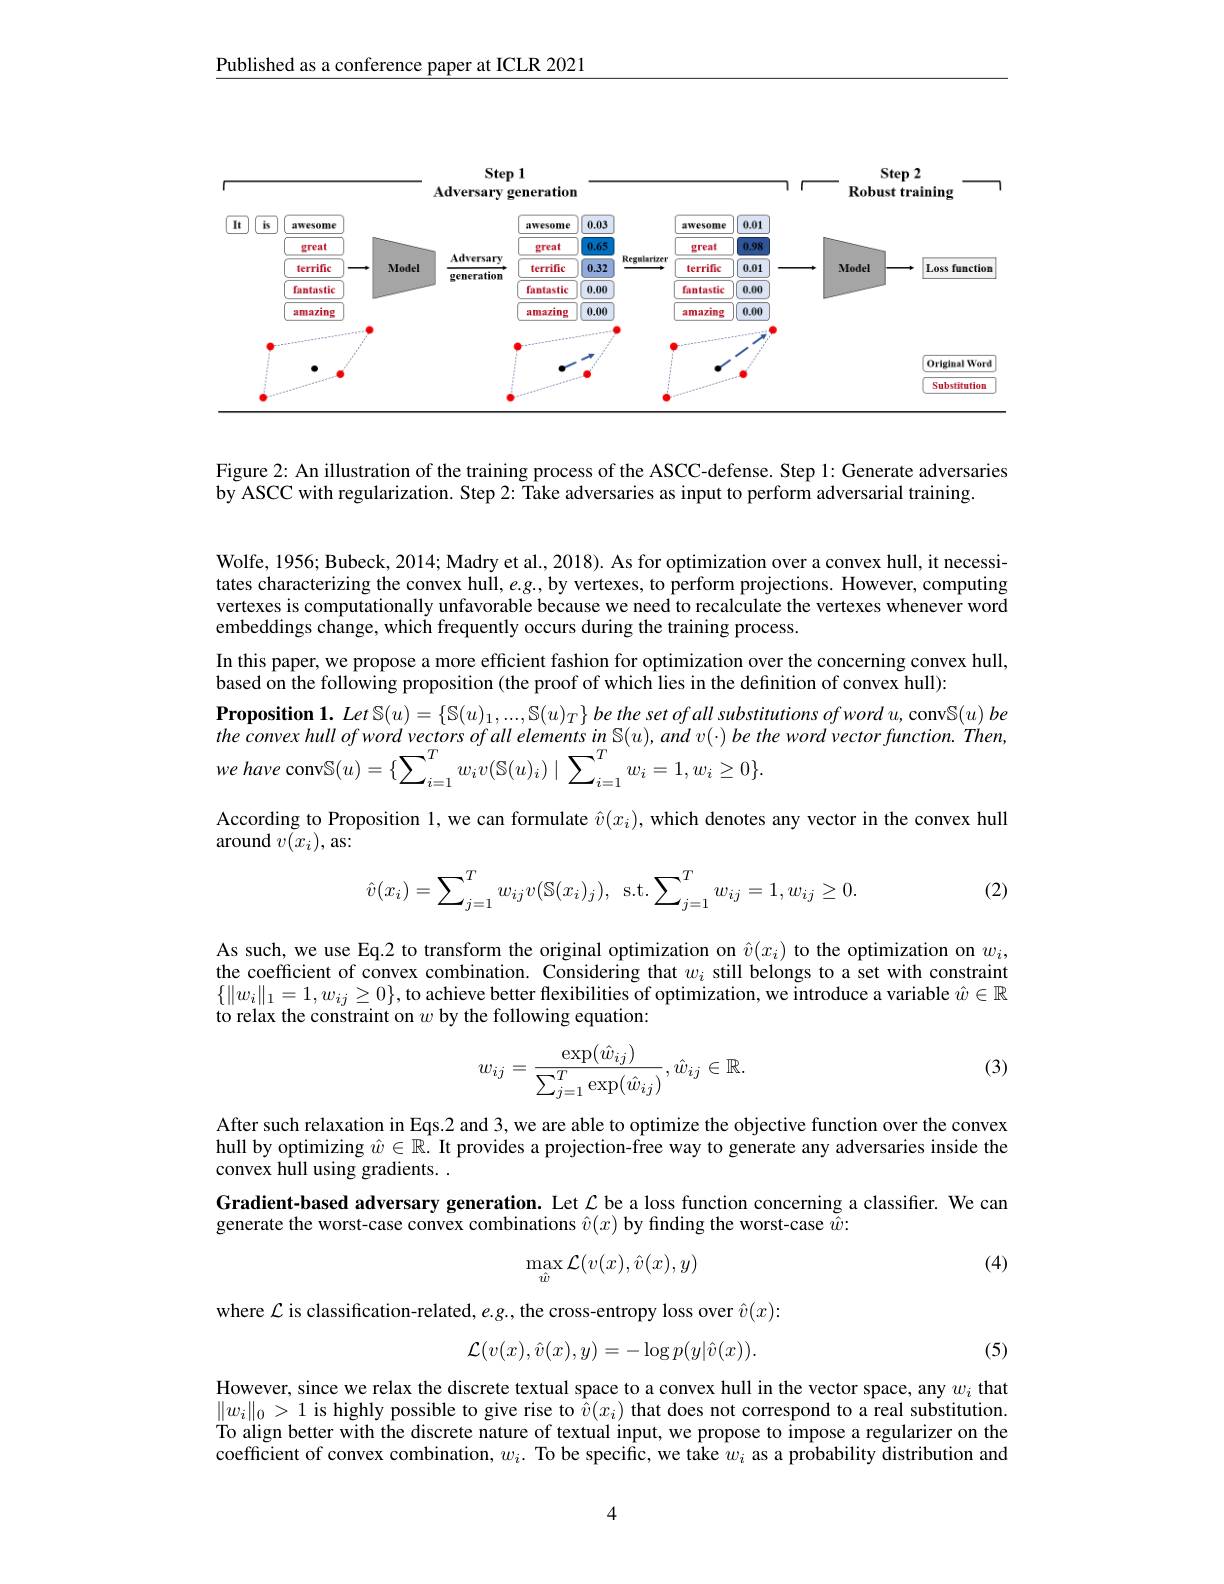
Published as a conference paper at ICLR 2021

<FigureHere>

Figure 2: An illustration of the training process of the ASCC-defense. Step 1: Generate adversaries
by ASCC with regularization. Step 2: Take adversaries as input to perform adversarial training.

Wolfe, 1956; Bubeck, 2014; Madry et al., 2018). As for optimization over a convex hull, it necessitates characterizing the convex hull, $e.g.$, by vertexes, to perform projections. However, computing vertexes is computationally unfavorable because we need to recalculate the vertexes whenever word embeddings change, which frequently occurs during the training process.
In this paper, we propose a more efficient fashion for optimization over the concerning convex hull,
based on the following proposition (the proof of which lies in the definition of convex hull):
$\textbf{Proposition 1. }Let\mathbb{S} ( u) = \left \{ \mathbb{S} ( u) _1, . . . , \mathbb{S} ( u) _T\right \} \textit{be the set of all substitutions of word u, conv}\mathbb{S} ( u) \textit{ be}$ the convex hull $of$ word vectors $of$ all elements $in$ $\mathbb{S} ( u) , and$ $v( \cdot )$ $be$ the word vector $function.$ $Then$,
$$\mathrm{conv}\mathbb{S}(u)=\{\sum_{i=1}^{T}w_{i}v(\mathbb{S}(u)_{i})\mid\sum_{i=1}^{T}w_{i}=1,w_{i}\geq0\}.$$
According to Proposition l, we can formulate $\hat{v}(x_i)$, which denotes any vector in the convex hull
around $v(x_{i})$, as:
$$\hat{v}(x_i)=\sum_{j=1}^Tw_{ij}v(\mathbb{S}(x_i)_j),\:\mathrm{s.t.}\sum_{j=1}^Tw_{ij}=1,w_{ij}\geq0.$$
(2)

As such, we use Eq.2 to transform the original optimization on $\hat{v}(x_i)$ to the optimization on $w_i$, the coefficient of convex combination. Considering that $w_i$ still belongs to a set with constraint $\{\|w_i\|_1=1,w_{ij}\geq0\}$,to achieve better flexibilities of optimization, we introduce a variable $\hat{w}\in\mathbb{R}$ to relax the constraint on $w$ by the following equation:

(3)
$$w_{ij}=\frac{\exp(\hat w_{ij})}{\sum_{j=1}^T\exp(\hat w_{ij})},\hat w_{ij}\in\mathbb{R}.$$
After such relaxation in Eqs.2 and 3, we are able to optimize the objective function over the convex hull by optimizing $\hat{w}\in\mathbb{R}.$ It provides a projection-free way to generate any adversaries inside the convex hull using gradients. .
Gradient-based adversary generation. Let $\mathcal{L}$ be a loss function concerning a classifier. We can
generate the worst-case convex combinations $\hat{v}(x)$ by finding the worst-case $\tilde{\hat{w}}{:}$

(4)
$$\max_{\hat{w}}\mathcal{L}(v(x),\hat{v}(x),y)$$
where $\mathcal{L}$ is classification-related, $e.g.$, the cross-entropy loss over $\hat v(x):$
$$\mathcal{L}(v(x),\hat{v}(x),y)=-\log p(y|\hat{v}(x)).$$
(5)

However, since we relax the discrete textual space to a convex hull in the vector space, any $w_i$ that $\|w_i\|_0>1$ is highly possible to give rise to $\bar{v}(x_i)$ that does not correspond to a real substitution. To align better with the discrete nature of textual input, we propose to impose a regularizer on the coefficient of convex combination, $w_i.$ To be specific, we take $w_i$ as a probability distribution and

4